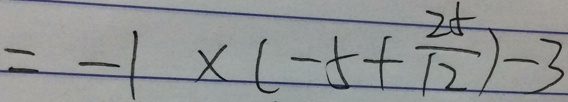
= - 1 \times ( - 5 + \frac { 2 5 } { 1 2 } ) - 3